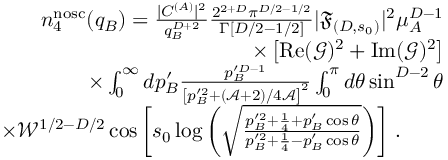
\begin{array} { r l r } & { } & { n _ { 4 } ^ { \mathrm { n o s c } } ( q _ { B } ) = \frac { | C ^ { ( A ) } | ^ { 2 } } { q _ { B } ^ { D + 2 } } \frac { 2 ^ { 2 + D } \pi ^ { D / 2 - 1 / 2 } } { \Gamma [ D / 2 - 1 / 2 ] } | \mathfrak { F } _ { ( D , s _ { 0 } ) } | ^ { 2 } \mu _ { A } ^ { D - 1 } } \\ & { } & { \times \left[ \operatorname { R e } ( \mathcal { G } ) ^ { 2 } + \operatorname { I m } ( \mathcal { G } ) ^ { 2 } \right] } \\ & { } & { \times \int _ { 0 } ^ { \infty } d p _ { B } ^ { \prime } \frac { p _ { B } ^ { \prime D - 1 } } { \left[ p _ { B } ^ { \prime 2 } + ( \mathcal { A } + 2 ) / 4 \mathcal { A } \right] ^ { 2 } } \int _ { 0 } ^ { \pi } d \theta \sin ^ { D - 2 } \theta } \\ & { } & { \times \mathcal { W } ^ { 1 / 2 - D / 2 } \cos \left[ s _ { 0 } \log \left( \sqrt { \frac { p _ { B } ^ { \prime 2 } + \frac 1 4 + p _ { B } ^ { \prime } \cos \theta } { p _ { B } ^ { \prime 2 } + \frac 1 4 - p _ { B } ^ { \prime } \cos \theta } } \right) \right] \, . \ \ \ \ \ \ } \end{array}